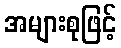
အများစုဖြင့်